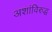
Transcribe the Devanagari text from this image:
अशांविरुद्ध